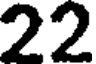
22